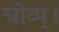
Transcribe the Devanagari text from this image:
चोव्प्।